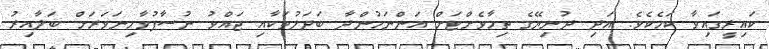
ކައިރީގައިވާ ކަމެކެވެ. އަދި ދުނިޔޭގެ ތިމާވެށްޓަށް އަންނަމުންދާ ބަދަލުތަކާއި ޖައްވު ނުސާފުވާމިނަވަރަށް ބަލާއިރު